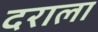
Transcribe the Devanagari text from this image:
दराला